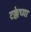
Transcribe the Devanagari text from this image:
टक्केच्या